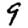
Digit: 9